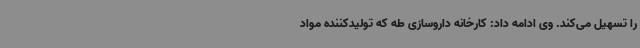
را تسهیل می‌کند. وی ادامه داد: کارخانه داروسازی طه که تولیدکننده مواد